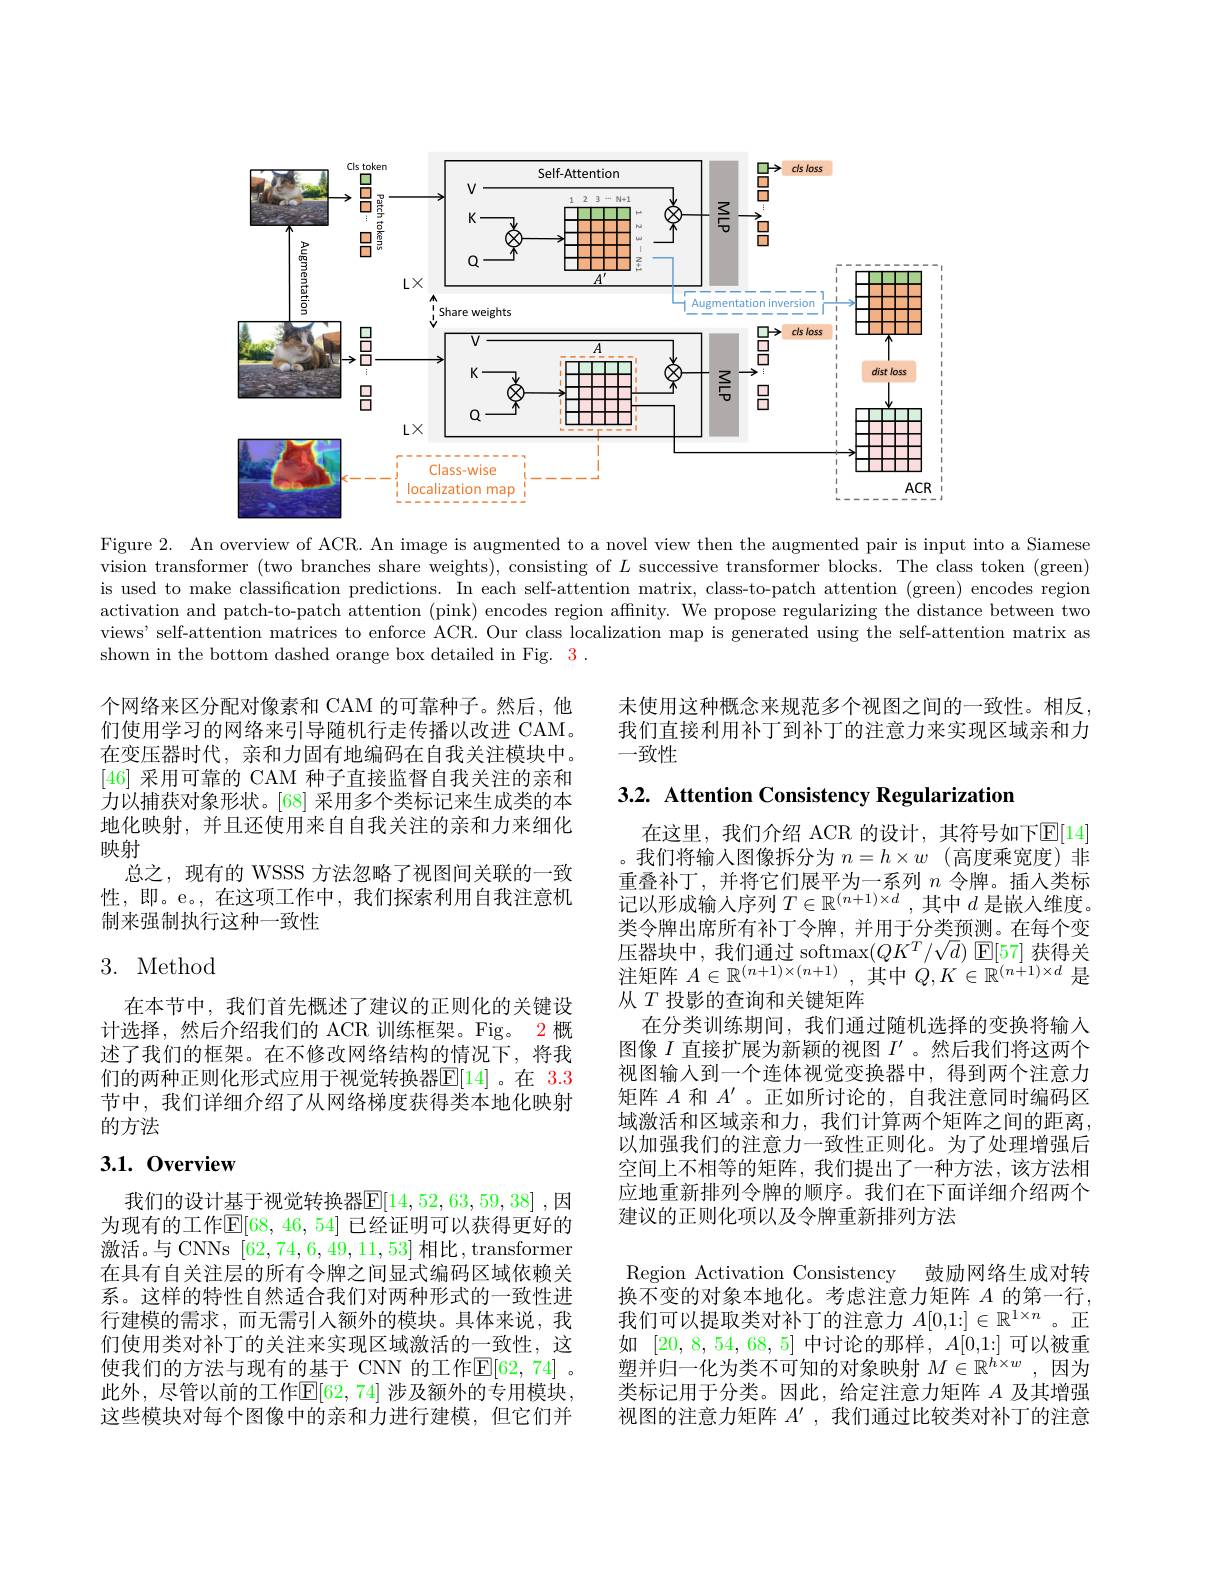
<FigureHere>

Figure 2. An overview of ACR. An image is augmented to a novel view then the augmented pair is input into a Siamese vision transformer (two branches share weights), consisting of $L$ successive transformer blocks. The class token (green) is used to make classification predictions. In each self-attention matrix, class-to-patch attention (green) encodes region activation and patch-to-patch attention (pink) encodes region affnity. We propose regularizing the distance between two views' self-attention matrices to enforce ACR. Our class localization map is generated using the self-attention matrix as shown in the bottom dashed orange box detailed in Fig. 3.

未使用这种概念来规范多个视图之间的一致性。相反， 我们直接利用补丁到补丁的注意力来实现区域亲和力一致性

3.2. Attention Consistency Regularization

个网络来区分配对像素和 CAM 的可靠种子。然后，他们使用学习的网络来引导随机行走传播以改进 CAM。在变压器时代，亲和力固有地编码在自我关注模块中。[46]采用可靠的 CAM 种子直接监督自我关注的亲和力以捕获对象形状。[68] 采用多个类标记来生成类的本地化映射，并且还使用来自自我关注的亲和力来细化映射
总之，现有的 WSSS 方法忽略了视图间关联的一致性，即。e。,在这项工作中，我们探索利用自我注意机制来强制执行这种一致性

# 3. Method

在本节中，我们首先概述了建议的正则化的关键设计选择，然后介绍我们的 ACR 训练框架。Fig。2 概述了我们的框架。在不修改网络结构的情况下，将我们的两种正则化形式应用于视觉转换器$\overline{\mathrm{E}}[14]$。在 3.3节中，我们详细介绍了从网络梯度获得类本地化映射的方法

在这里，我们介绍 ACR 的设计，其符号如下$\operatorname{E}[14]$ 。我们将输入图像拆分为 $n= h\times w$ (高度乘宽度)非重叠补丁，并将它们展平为一系列$n$令牌。插人类标类令牌出席所有补丁令牌，并用于分类预测。在每个变$\begin{array}{l}\text{压器块中，我们通过 softmax}(QK^T/\sqrt d)\:\mathbb{E}[57]\:\text{获得关}\\\text{注矩阵 }A\in\mathbb{R}^{(n+1)\times(n+1)}\:,\:\text{其中 }Q,K\in\mathbb{R}^{(n+1)\times d}\:\text{是}\end{array}$ 从$T$投影的查询和关键矩阵
在分类训练期间，我们通过随机选择的变换将输入图像$I$直接扩展为新颖的视图$I^\prime$ 。然后我们将这两个视图输入到一个连体视觉变换器中，得到两个注意力矩阵$A$和$A^\prime$ 。正如所讨论的，自我注意同时编码区域激活和区域亲和力，我们计算两个矩阵之间的距离， 以加强我们的注意力一致性正则化。为了处理增强后空间上不相等的矩阵，我们提出了一种方法，该方法相应地重新排列令牌的顺序。我们在下面详细介绍两个建议的正则化项以及令牌重新排列方法
Region Activation Consistency 鼓励网络生成对转换不变的对象本地化。考虑注意力矩阵 $A$ 的第一行， 我们可以提取类对补丁的注意力$A[0,1:]\in\mathbb{R}^{1\times n}$ 。正如[20,8,54,68,5]中讨论的那样，$A[0,1:]$可以被重塑并归一化为类不可知的对象映射$M\in\mathbb{R}^h\times w$,因为类标记用于分类。因此，给定注意力矩阵$A$及其增强视图的注意力矩阵$A^{\prime}$,我们通过比较类对补丁的注意

# 3.1.0verview

我们的设计基于视觉转换器$\mathbb{E}[14,52,63,59,38]$ ,因为现有的工作$\mathbb{E}[68,46,54]$ 已经证明可以获得更好的激活。与 CNNs [62,74,6,49,11,53]相比，transformer 在具有自关注层的所有令牌之间显式编码区域依赖关系。这样的特性自然适合我们对两种形式的一致性进行建模的需求，而无需引入额外的模块。具体来说，我们使用类对补丁的关注来实现区域激活的一致性，这使我们的方法与现有的基于 CNN 的工作$\mathbb{E}[62,74]$ 。此外，尽管以前的工作$\mathbb{E}[62,74]$ 涉及额外的专用模块， 这些模块对每个图像中的亲和力进行建模，但它们并